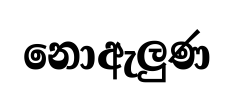
නොඇලුණ